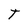
Character: T